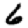
Digit: 6